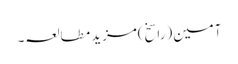
آمین(راسخ)مزید مطالعہ۔